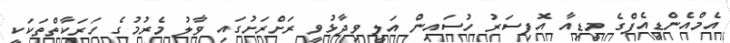
އެމްއެންޑީއެފްގެ މީޑިއާ އޮފިސަރު ހުސައިން އަލީ ވިދާޅުވީ ރަށްރަށުގައި ވާލު މެރުމުގެ ހަރަކާތްތަކަކީ